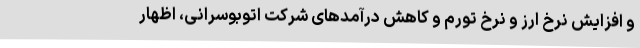
و افزایش نرخ ارز و نرخ تورم و کاهش درآمدهای شرکت اتوبوسرانی، اظهار